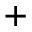
+